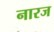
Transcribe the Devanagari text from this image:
नारज